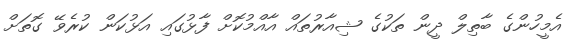
އެމީހުންގެ ބާތިލް ދީން ތަކުގެ ޝިއާރުތައް އާއްމުކޮށް ފާޅުގައި އަޅުކަން ކުރެވޭ ގޮތަށް